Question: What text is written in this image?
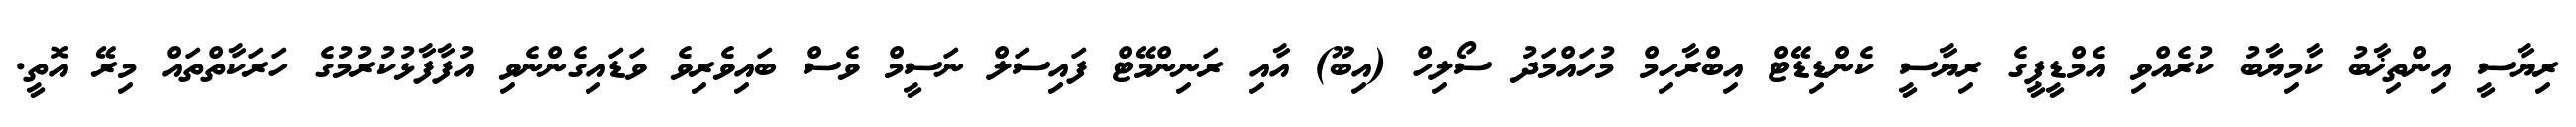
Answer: ރިޔާސީ އިންތިޚާބު ކާމިޔާބު ކުރެއްވި އެމްޑީޕީގެ ރިޔާސީ ކެންޑިޑޭޓް އިބްރާހިމް މުހައްމަދު ސޯލިހް (އިބޫ) އާއި ރަނިންމޭޓް ފައިސަލް ނަސީމް ވެސް ބައިވެރިވެ ވަޑައިގެންނެވި އުފާފާޅުކުރުމުގެ ހަރަކާތްތައް މިރޭ އޮތީ.